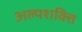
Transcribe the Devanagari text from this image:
अल्पशक्ति